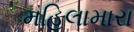
મહિલામારા